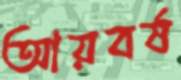
আয়বর্ষ